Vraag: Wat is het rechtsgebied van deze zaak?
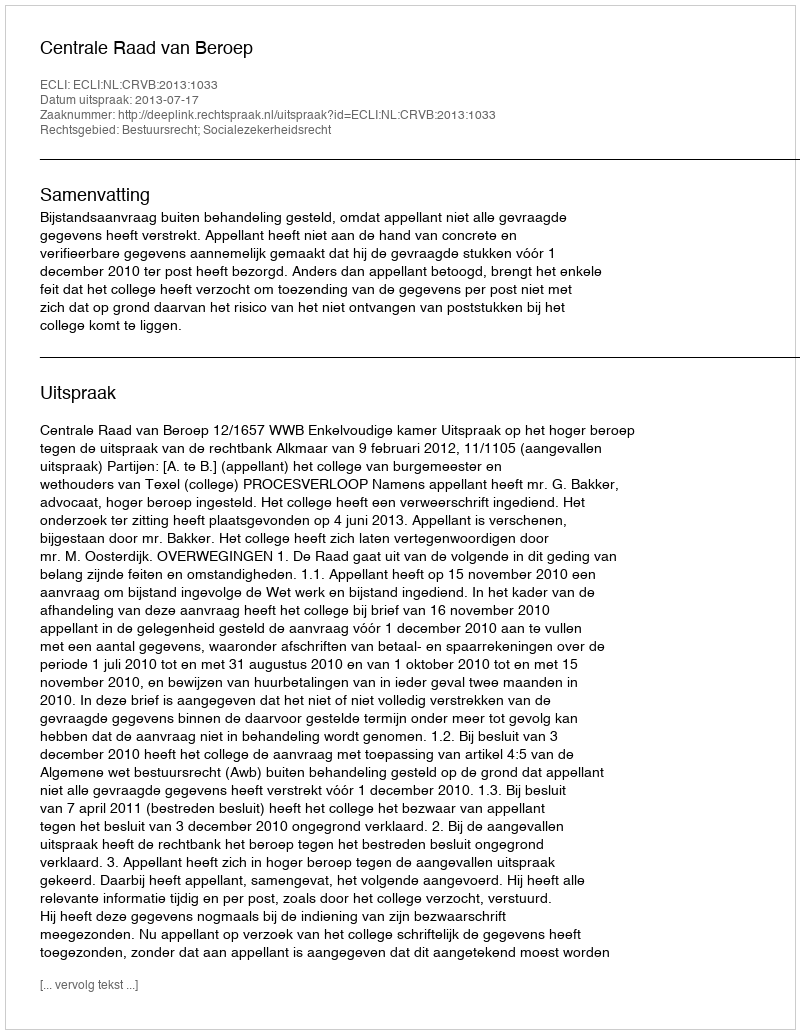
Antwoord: Bestuursrecht; Socialezekerheidsrecht